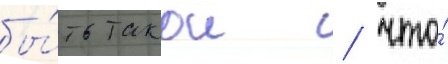
бы́ть такои / что́